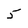
Character: 5